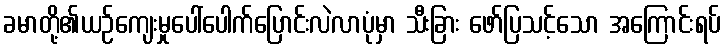
ခမာတို့၏ယဉ်ကျေးမှုပေါ်ပေါက်ပြောင်းလဲလာပုံမှာ သီးခြား ဖော်ပြသင့်သော အကြောင်းရပ်